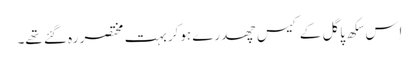
اِس سِکھ پاگل کے کیس چھدرے ہوکر بہت مختصر رہ گئے تھے۔